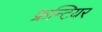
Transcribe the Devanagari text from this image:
फ्रन्टियर